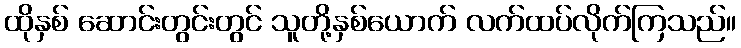
ထိုနှစ် ဆောင်းတွင်းတွင် သူတို့နှစ်ယောက် လက်ထပ်လိုက်ကြသည်။